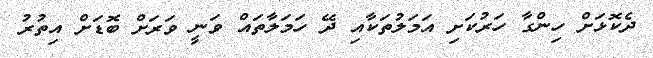
ދެކޮޅަށް ހިންގާ ހަރުކަށި އަމަލުތަކާއި ދޭ ހަމަލާތައް ވަނީ ވަރަށް ބޮޑަށް އިތުރު